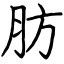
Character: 肪